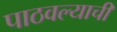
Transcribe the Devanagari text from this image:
पाठवल्याची